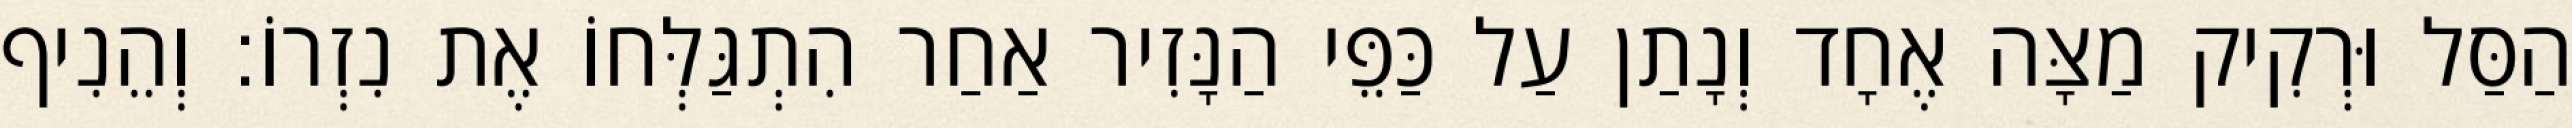
הַסַּל וּרְקִיק מַצָּה אֶחָד וְנָתַן עַל כַּפֵּי הַנָּזִיר אַחַר הִתְגַּלְּחוֹ אֶת נִזְרוֹ׃ וְהֵנִיף